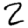
Digit: 2